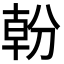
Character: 𭃿